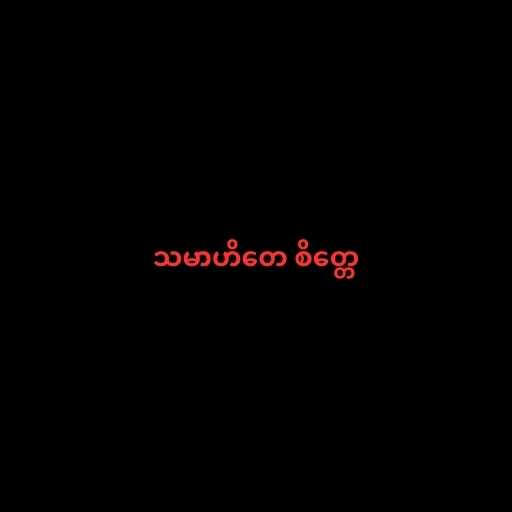
သမာဟိတေ စိတ္တေ